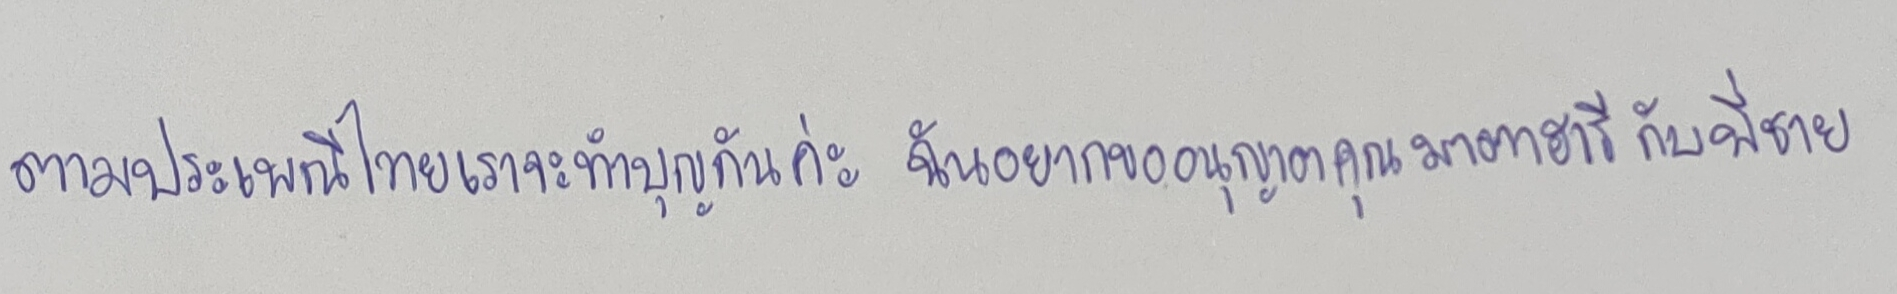
ตามประเพณีไทยเราจะทำบุญกันค่ะฉันอยากขออนุญาตคุณมาตาฮารีกับพี่ชาย